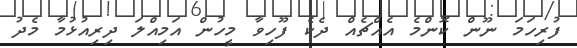
ފުރިހަމަ ނޫން ކޮންމެ އެއްޗެއް ދެކެ ފޫހިވާ މީހުން އަމިއްލަ ދިރިއުޅުމާ މެދު